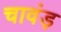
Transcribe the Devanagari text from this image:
चावंड़